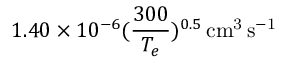
1 . 4 0 \times 1 0 ^ { - 6 } ( \frac { 3 0 0 } { T _ { e } } ) ^ { 0 . 5 } \, \mathrm { c m ^ { 3 } \, s ^ { - 1 } }